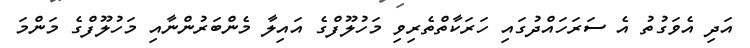
އަދި އެވަގުތު އެ ސަރަހައްދުގައި ހަރަކާތްތެރިވި މަހުލޫފްގެ އައިލާ މެންބަރުންނާއި މަހުލޫފްގެ މަންމަ